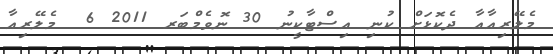
މެލޭރިއާއާ ދެކޮޅަށް ކުނި އިސްޓާކީނު 30 ނޮވެމްބަރ 2011 6  މެލޭރިއާ